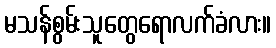
မသန်စွမ်းသူတွေရောလက်ခံလား။